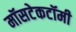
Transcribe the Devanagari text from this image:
मॉसटेकटॉमी